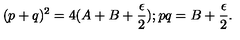
( p + q ) ^ { 2 } = 4 ( A + B + \frac { \epsilon } { 2 } ) ; p q = B + \frac { \epsilon } { 2 } .